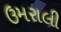
ઉમરાલી